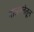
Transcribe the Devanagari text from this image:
मालमत्तेतून